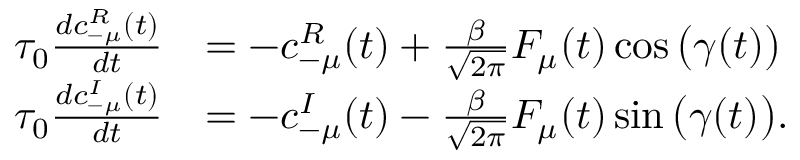
\begin{array} { r l } { \tau _ { 0 } \frac { d c _ { \mathrm { - } \mu } ^ { R } ( t ) } { d t } } & { = - c _ { \mathrm { - } \mu } ^ { R } ( t ) + \frac { \beta } { \sqrt { 2 \pi } } F _ { \mu } ( t ) \cos \big ( \gamma ( t ) \big ) } \\ { \tau _ { 0 } \frac { d c _ { \mathrm { - } \mu } ^ { I } ( t ) } { d t } } & { = - c _ { \mathrm { - } \mu } ^ { I } ( t ) - \frac { \beta } { \sqrt { 2 \pi } } F _ { \mu } ( t ) \sin \big ( \gamma ( t ) \big ) . } \end{array}